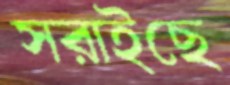
সরাইছে